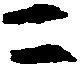
二